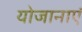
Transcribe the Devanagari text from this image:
योजानाएं